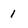
Character: 1